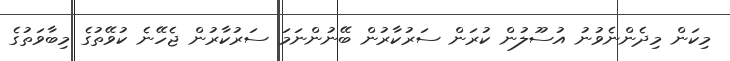
މިކަން މިދެންނެވުނު އުސޫލުން ކުރަން ސަރުކާރުން ބޭނުންނަމަ ސަރުކާރުން ޖެހޭނެ ކުވޭތުގެ މިބާވަތުގެ